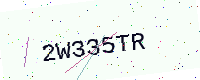
Text: 2W335TR